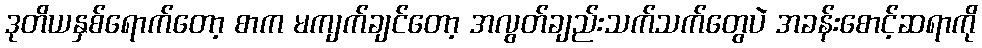
ဒုတိယနှစ်ရောက်တော့ စာက မကျက်ချင်တော့ အလွတ်ချည်းသက်သက်တွေပဲ အခန်းစောင့်ဆရာကို